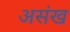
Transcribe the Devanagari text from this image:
असंख